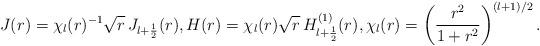
LaTeX: \begin{align*}J(r) = \chi_l(r)^{-1} \sqrt{r}\, J_{l+\frac{1}{2}}(r), H(r) = \chi_l(r) \sqrt{r}\, H_{l+\frac{1}{2}}^{(1)}(r), \chi_l(r)=\left(\frac{r^2}{1+r^2}\right)^{(l+1)/2}.\end{align*}